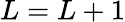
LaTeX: L=L+1